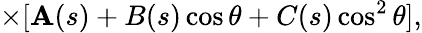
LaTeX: \times[\mathbf{A}(s)+B(s)\cos\theta+C(s)\cos^{2}\theta],